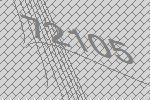
72105